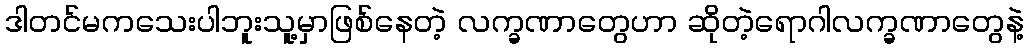
ဒါတင်မကသေးပါဘူးသူ့မှာဖြစ်နေတဲ့ လက္ခဏာတွေဟာ ဆိုတဲ့ရောဂါလက္ခဏာတွေနဲ့